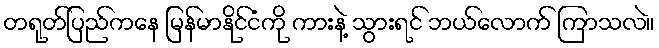
တရုတ်ပြည်ကနေ မြန်မာနိုင်ငံကို ကားနဲ့ သွားရင် ဘယ်လောက် ကြာသလဲ။